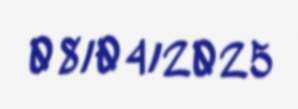
08/04/2025